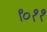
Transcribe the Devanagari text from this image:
९०११